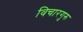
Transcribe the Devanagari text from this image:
विचारगुरु